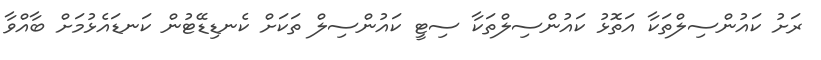
ރަށު ކައުންސިލްތަކާ އަތޮޅު ކައުންސިލްތަކާ ސިޓީ ކައުންސިލް ތަކަށް ކެނޑިޑޭޓުން ކަނޑައެޅުމަށް ބާއްވާ